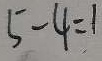
5 - 4 = 1